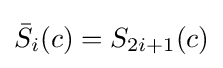
{\bar {S}}_{i}(c)=S_{2i+1}(c)